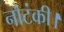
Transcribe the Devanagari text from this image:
नौटंकी।